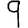
Digit: 9